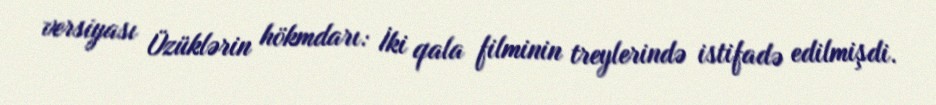
versiyası Üzüklərin hökmdarı: İki qala filminin treylerində istifadə edilmişdi.